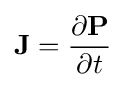
\mathbf {J} ={\frac {\partial \mathbf {P} }{\partial t}}